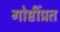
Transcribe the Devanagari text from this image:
गोष्टींप्रत